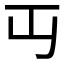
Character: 𬺶